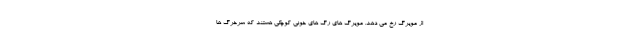
از مویرگ رخ می دهد. مویرگ های رگ های خونی کوچکی هستند که سرخرگ ها